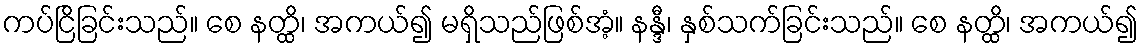
ကပ်ငြိခြင်းသည်။ စေ နတ္ထိ၊ အကယ်၍ မရှိသည်ဖြစ်အံ့။ နန္ဒီ၊ နှစ်သက်ခြင်းသည်။ စေ နတ္ထိ၊ အကယ်၍